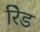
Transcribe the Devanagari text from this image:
रेिड